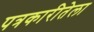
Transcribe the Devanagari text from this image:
पत्रकारीतेला